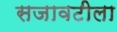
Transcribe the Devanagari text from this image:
सजावटीला